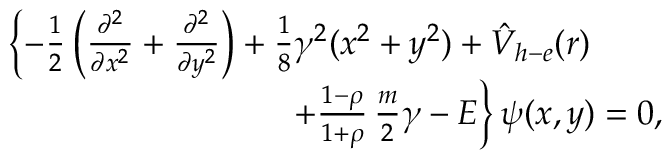
\begin{array} { r } { \left\{ - \frac { 1 } { 2 } \left( \frac { \partial ^ { 2 } } { \partial x ^ { 2 } } + \frac { \partial ^ { 2 } } { \partial y ^ { 2 } } \right) + \frac { 1 } { 8 } \gamma ^ { 2 } ( x ^ { 2 } + y ^ { 2 } ) + { \hat { V } } _ { h - e } ( r ) \right. \qquad } \\ { \left. \qquad + \frac { 1 - \rho } { 1 + \rho } \, \frac { m } { 2 } \gamma - E \right\} \psi ( x , y ) = 0 , } \end{array}